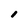
Character: I